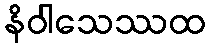
နိဝါသေဿထ